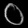
Digit: ၀